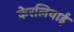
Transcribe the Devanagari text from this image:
केरलियाई